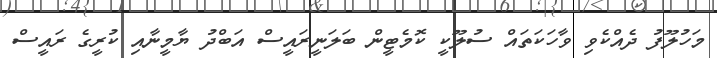
މަހުލޫފު ދެއްކެވި ވާހަކަތައް ސުލޫކީ ކޮމެޓީން ބަލަނީރައީސް އަބްދު ޔާމީނާއި ކުރީގެ ރައީސް